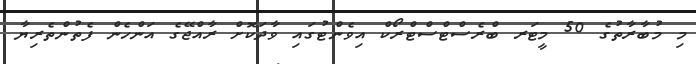
މި މުބާރާތުގެ 50 މީޓަރ ބްރެސްޓްސްޓްރޯކް އިވެންޓުގައި ވާދަކޮށް ރާއްޖޭގެ އަންހެން ފެތުންތެރިޔާ